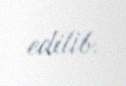
edilib.